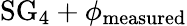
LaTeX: \mathrm{SG}_{4}+\phi_{\mathrm{measured}}